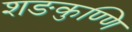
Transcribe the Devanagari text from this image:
शङकुण्णि